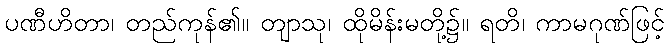
ပဏီဟိတာ၊ တည်ကုန်၏။ တျာသု၊ ထိုမိန်းမတို့၌။ ရတိ၊ ကာမဂုဏ်ဖြင့်